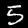
Digit: 5